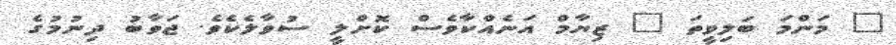
" މަންމަ ބަލިވީތަ " ޒިޔާމް އަނެއްކާވެސް ކޮށްލީ ސުވާލެކެވެ. ޖަވާބު ދިނުމުގެ